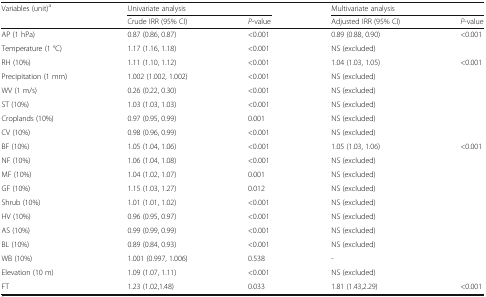
<table><thead><tr><td rowspan="2"><b>Variables (unit)<sup>a</sup></b></td><td colspan="2"><b>Univariate analysis</b></td><td colspan="2"><b>Multivariate analysis</b></td></tr><tr><td><b>Crude IRR (95% CI)</b></td><td><b><i>P</i>-value</b></td><td><b>Adjusted IRR (95% CI)</b></td><td><b><i>P</i>-value</b></td></tr></thead><tbody><tr><td>AP (1 hPa)</td><td>0.87 (0.86, 0.87)</td><td>&lt;0.001</td><td>0.89 (0.88, 0.90)</td><td>&lt;0.001</td></tr><tr><td>Temperature (1 °C)</td><td>1.17 (1.16, 1.18)</td><td>&lt;0.001</td><td>NS (excluded)</td><td></td></tr><tr><td>RH (10%)</td><td>1.11 (1.10, 1.12)</td><td>&lt;0.001</td><td>1.04 (1.03, 1.05)</td><td>&lt;0.001</td></tr><tr><td>Precipitation (1 mm)</td><td>1.002 (1.002, 1.002)</td><td>&lt;0.001</td><td>NS (excluded)</td><td></td></tr><tr><td>WV (1 m/s)</td><td>0.26 (0.22, 0.30)</td><td>&lt;0.001</td><td>NS (excluded)</td><td></td></tr><tr><td>ST (10%)</td><td>1.03 (1.03, 1.03)</td><td>&lt;0.001</td><td>NS (excluded)</td><td></td></tr><tr><td>Croplands (10%)</td><td>0.97 (0.95, 0.99)</td><td>0.001</td><td>NS (excluded)</td><td></td></tr><tr><td>CV (10%)</td><td>0.98 (0.96, 0.99)</td><td>&lt;0.001</td><td>NS (excluded)</td><td></td></tr><tr><td>BF (10%)</td><td>1.05 (1.04, 1.06)</td><td>&lt;0.001</td><td>1.05 (1.03, 1.06)</td><td>&lt;0.001</td></tr><tr><td>NF (10%)</td><td>1.06 (1.04, 1.08)</td><td>&lt;0.001</td><td>NS (excluded)</td><td></td></tr><tr><td>MF (10%)</td><td>1.04 (1.02, 1.07)</td><td>0.001</td><td>NS (excluded)</td><td></td></tr><tr><td>GF (10%)</td><td>1.15 (1.03, 1.27)</td><td>0.012</td><td>NS (excluded)</td><td></td></tr><tr><td>Shrub (10%)</td><td>1.01 (1.01, 1.02)</td><td>&lt;0.001</td><td>NS (excluded)</td><td></td></tr><tr><td>HV (10%)</td><td>0.96 (0.95, 0.97)</td><td>&lt;0.001</td><td>NS (excluded)</td><td></td></tr><tr><td>AS (10%)</td><td>0.99 (0.99, 0.99)</td><td>&lt;0.001</td><td>NS (excluded)</td><td></td></tr><tr><td>BL (10%)</td><td>0.89 (0.84, 0.93)</td><td>&lt;0.001</td><td>NS (excluded)</td><td></td></tr><tr><td>WB (10%)</td><td>1.001 (0.997, 1.006)</td><td>0.538</td><td>-</td><td></td></tr><tr><td>Elevation (10 m)</td><td>1.09 (1.07, 1.11)</td><td>&lt;0.001</td><td>NS (excluded)</td><td></td></tr><tr><td>FT</td><td>1.23 (1.02,1.48)</td><td>0.033</td><td>1.81 (1.43,2.29)</td><td>&lt;0.001</td></tr></tbody></table>